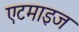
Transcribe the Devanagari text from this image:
एटमाइज